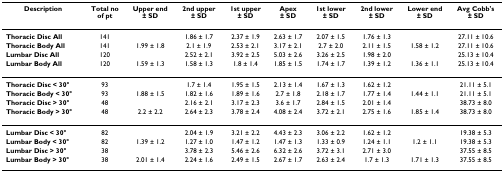
<table><thead><tr><td><b>Description</b></td><td><b>Total no of pt</b></td><td><b>Upper end ± SD</b></td><td><b>2nd upper ± SD</b></td><td><b>1st upper ± SD</b></td><td><b>Apex ± SD</b></td><td><b>1st lower ± SD</b></td><td><b>2nd lower ± SD</b></td><td><b>Lower end ± SD</b></td><td><b>Avg Cobb&#x27;s ± SD</b></td></tr></thead><tbody><tr><td><b>Thoracic Disc All</b></td><td>141</td><td></td><td>1.86 ± 1.7</td><td>2.37 ± 1.9</td><td>2.63 ± 1.7</td><td>2.07 ± 1.5</td><td>1.76 ± 1.3</td><td></td><td>27.11 ± 10.6</td></tr><tr><td><b>Thoracic Body All</b></td><td>141</td><td>1.99 ± 1.8</td><td>2.1 ± 1.9</td><td>2.53 ± 2.1</td><td>3.17 ± 2.1</td><td>2.7 ± 2.0</td><td>2.11 ± 1.5</td><td>1.58 ± 1.2</td><td>27.11 ± 10.6</td></tr><tr><td><b>Lumbar Disc All</b></td><td>120</td><td></td><td>2.52 ± 2.1</td><td>3.92 ± 2.5</td><td>5.03 ± 2.6</td><td>3.26 ± 2.5</td><td>1.98 ± 2.0</td><td></td><td>25.13 ± 10.4</td></tr><tr><td><b>Lumbar Body All</b></td><td>120</td><td>1.59 ± 1.3</td><td>1.58 ± 1.3</td><td>1.8 ± 1.4</td><td>1.85 ± 1.5</td><td>1.74 ± 1.7</td><td>1.39 ± 1.2</td><td>1.36 ± 1.1</td><td>25.13 ± 10.4</td></tr><tr><td><b>Thoracic Disc &lt; 30°</b></td><td>93</td><td></td><td>1.7 ± 1.4</td><td>1.95 ± 1.5</td><td>2.13 ± 1.4</td><td>1.67 ± 1.3</td><td>1.62 ± 1.2</td><td></td><td>21.11 ± 5.1</td></tr><tr><td><b>Thoracic Body &lt; 30°</b></td><td>93</td><td>1.88 ± 1.5</td><td>1.82 ± 1.6</td><td>1.89 ± 1.6</td><td>2.7 ± 1.8</td><td>2.18 ± 1.7</td><td>1.77 ± 1.4</td><td>1.44 ± 1.1</td><td>21.11 ± 5.1</td></tr><tr><td><b>Thoracic Disc &gt; 30°</b></td><td>48</td><td></td><td>2.16 ± 2.1</td><td>3.17 ± 2.3</td><td>3.6 ± 1.7</td><td>2.84 ± 1.5</td><td>2.01 ± 1.4</td><td></td><td>38.73 ± 8.0</td></tr><tr><td><b>Thoracic Body &gt; 30°</b></td><td>48</td><td>2.2 ± 2.2</td><td>2.64 ± 2.3</td><td>3.78 ± 2.4</td><td>4.08 ± 2.4</td><td>3.72 ± 2.1</td><td>2.75 ± 1.6</td><td>1.85 ± 1.4</td><td>38.73 ± 8.0</td></tr><tr><td><b>Lumbar Disc &lt; 30°</b></td><td>82</td><td></td><td>2.04 ± 1.9</td><td>3.21 ± 2.2</td><td>4.43 ± 2.3</td><td>3.06 ± 2.2</td><td>1.62 ± 1.2</td><td></td><td>19.38 ± 5.3</td></tr><tr><td><b>Lumbar Body &lt; 30°</b></td><td>82</td><td>1.39 ± 1.2</td><td>1.27 ± 1.0</td><td>1.47 ± 1.2</td><td>1.47 ± 1.3</td><td>1.33 ± 0.9</td><td>1.24 ± 1.1</td><td>1.2 ± 1.1</td><td>19.38 ± 5.3</td></tr><tr><td><b>Lumbar Disc &gt; 30°</b></td><td>38</td><td></td><td>3.78 ± 2.3</td><td>5.46 ± 2.6</td><td>6.32 ± 2.6</td><td>3.72 ± 3.1</td><td>2.71 ± 3.0</td><td></td><td>37.55 ± 8.5</td></tr><tr><td><b>Lumbar Body &gt; 30°</b></td><td>38</td><td>2.01 ± 1.4</td><td>2.24 ± 1.6</td><td>2.49 ± 1.5</td><td>2.67 ± 1.7</td><td>2.63 ± 2.4</td><td>1.7 ± 1.3</td><td>1.71 ± 1.3</td><td>37.55 ± 8.5</td></tr></tbody></table>